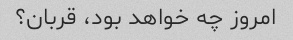
امروز چه خواهد بود، قربان؟